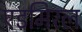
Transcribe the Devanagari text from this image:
एडमिरल